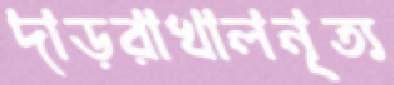
দাড়রাখালনৃত্য